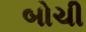
બોચી